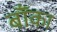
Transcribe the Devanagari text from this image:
बॉँका